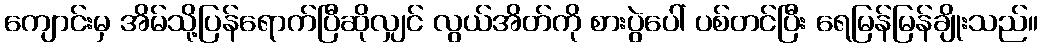
ကျောင်းမှ အိမ်သို့ပြန်ရောက်ပြီဆိုလျှင် လွယ်အိတ်ကို စားပွဲပေါ် ပစ်တင်ပြီး ရေမြန်မြန်ချိုးသည်။